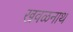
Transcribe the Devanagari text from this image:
खवळनाथ